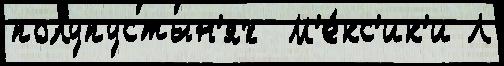
полупустын'ях  М'е́кс'ик'и Л